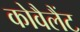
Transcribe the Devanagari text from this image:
कोवैलैंट